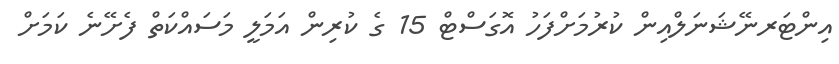
އިންޓަރނޭޝަނަލްއިން ކުރުމަށްފަހު އޮގަސްޓް 15 ގެ ކުރިން އަމަލީ މަސައްކަތް ފެށޭނެ ކަމަށް